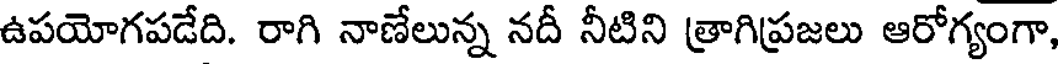
ఉపయోగపడేది. రాగి నాణేలున్న నదీ నీటిని త్రాగిప్రజలు ఆరోగ్యంగా,